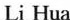
Li Hua